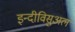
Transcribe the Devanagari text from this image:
इन्दीविसुअल